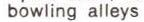
bowling alleys